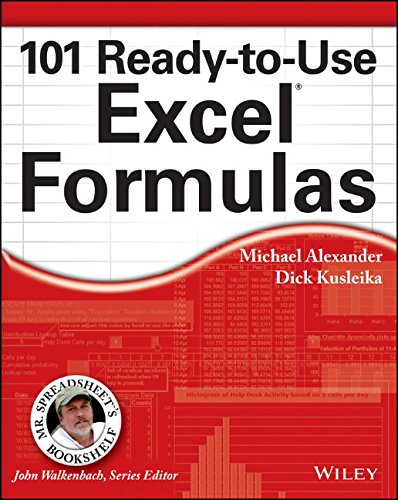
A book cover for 101 Ready-to-Use Excel Formulas (Mr. Spreadsheet's Bookshelf); Michael Alexander; Computers & Technology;